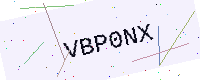
Text: VBP0NX